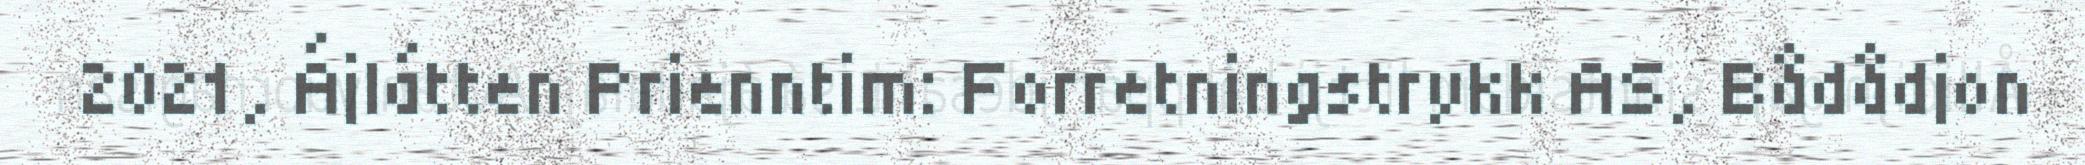
2021, Ájlátten Prienntim: Forretningstrykk AS, Bådådjon